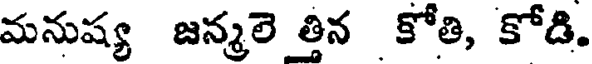
మనుష్య జన్మలె త్తిన కోతి, కోడి.